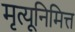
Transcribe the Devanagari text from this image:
मृत्यूनिमित्त